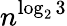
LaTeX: n^{\log_{2}3}